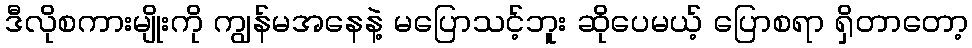
ဒီလိုစကားမျိုးကို ကျွန်မအနေနဲ့ မပြောသင့်ဘူး ဆိုပေမယ့် ပြောစရာ ရှိတာတော့